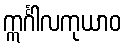
ဣင်္ဂါလကုယာဝ